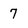
Character: 7